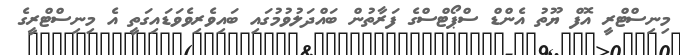
މިނިސްޓްރީ އޮފް ޔޫތު އެންޑް ސްޕޯޓްސްގެ ފަރާތުން ބައްދަލުވުމުގައި ބައިވެރިވެވަޑައިގަތީ އެ މިނިސްޓްރީގެ